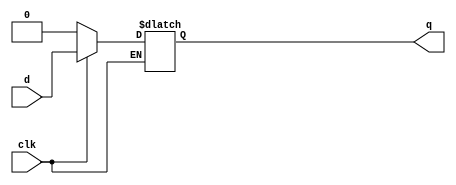
module d_latch(d,q,clk);
input d;
input clk;
output reg q;

always @ (clk)
    if (clk == 1'b0)
        q <= q;
    else if (clk == 1'b1)
        q <= d;
    else
        q <= 1'b0;
endmodule